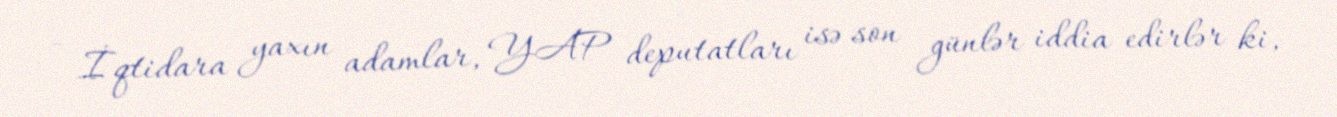
- İqtidara yaxın adamlar, YAP deputatları isə son günlər iddia edirlər ki,